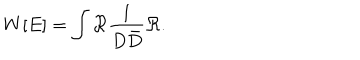
W [ E ] = \int \Re \frac { 1 } { D \bar { D } } \Re .